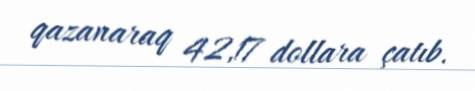
qazanaraq 42,17 dollara çatıb.